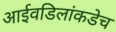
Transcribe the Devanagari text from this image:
आईवडिलांकडेच